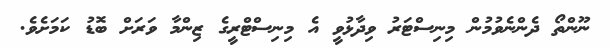
ނޫންތޯ ދެންނެވުމުން މިނިސްޓަރު ވިދާޅުވީ އެ މިނިސްޓްރީގެ ޒިންމާ ވަރަށް ބޮޑު ކަމަށެވެ.